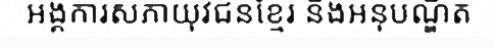
អង្គការសភាយុវជនខ្មែរ និងអនុបណ្ឌិត